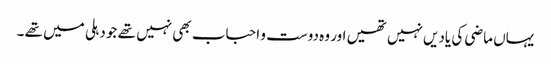
یہاں ماضی کی یادیں نہیں تھیں اور وہ دوست و احباب بھی نہیں تھے جو دہلی میں تھے ۔